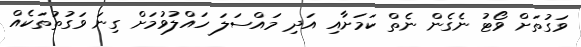
ވަގުތަށް ވޯޓު ނެގެން ނެތް ކަމަށާއި އަދި މައްސަލަ ހައްލުވުމަށް ގިނަ ވަގުތުތަކެއް